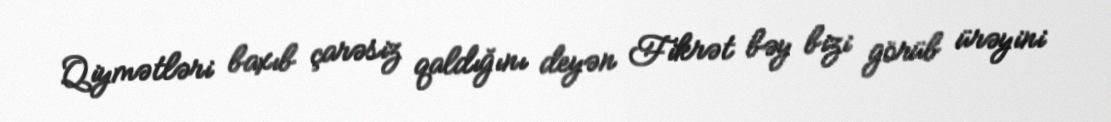
Qiymətləri baxıb çarəsiz qaldığını deyən Fikrət bəy bizi görüb ürəyini